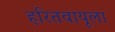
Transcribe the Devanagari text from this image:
हरितवायूला